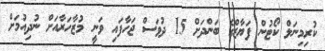
ކުރިމިނަލް ކޯޓުން ފަޔާޒްގެ ބަންދަށް 15 ދުވަސް ޖަހާފައި ވަނީ މުޒާހަރާއަށް ނުދިއުމަށް